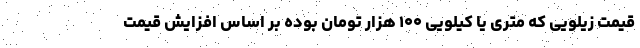
قیمت زیلویی که متری یا کیلویی ۱۰۰ هزار تومان بوده بر اساس افزایش قیمت